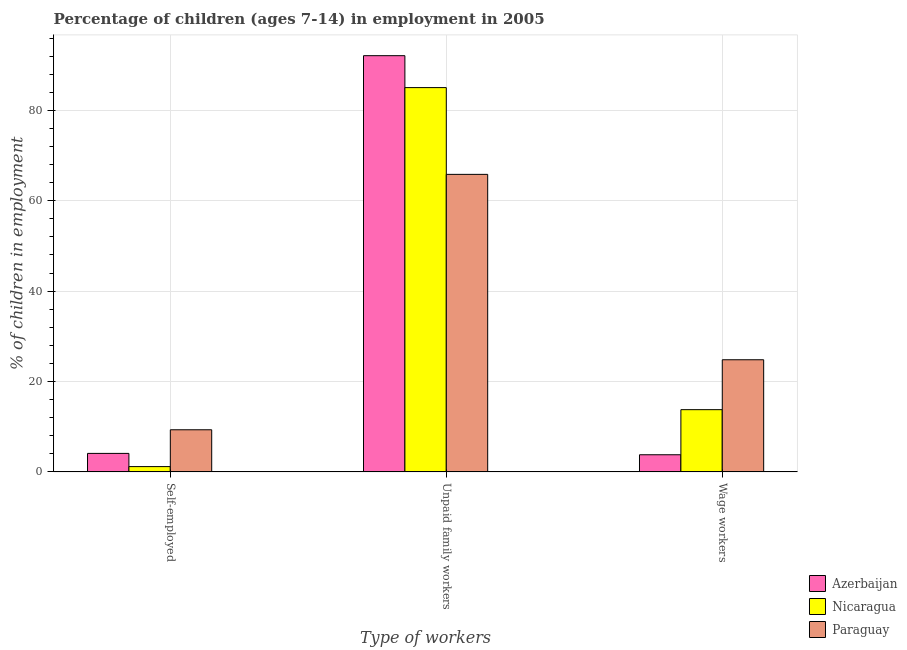
| Type of workers | Azerbaijan | Nicaragua | Paraguay |
 | --- | --- | --- | --- |
 | Self-employed | 4.1 | 1.18 | 9.33 |
 | Unpaid family workers | 92.1 | 85 | 65.8 |
 | Wage workers | 3.8 | 13.8 | 24.8 |